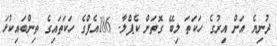
ދުނިޔެ އަށް އިރުގެ ހަކަތަ ލިބޭ ގޮތަށް ކެޕްލާ- 186އެފްގެ ހަަކަތައިގެ ތިންބައިކުޅަ